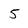
Character: 5